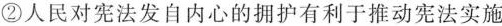
②人民对宪法发自内心的拥护有利于推动宪法实施